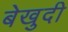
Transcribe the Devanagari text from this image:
बेखुदी